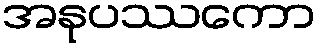
အနုပဿကော